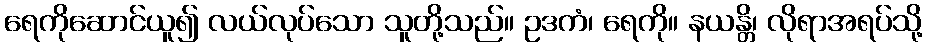
ရေကိုဆောင်ယူ၍ လယ်လုပ်သော သူတို့သည်။ ဥဒကံ၊ ရေကို။ နယန္တိ၊ လိုရာအရပ်သို့